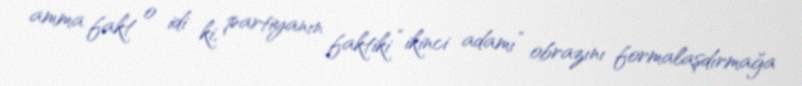
amma fakt o idi ki, partiyanın faktiki “ikinci adamı” obrazını formalaşdırmağa